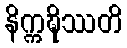
နိက္ကဍ္ဎိဿတိ